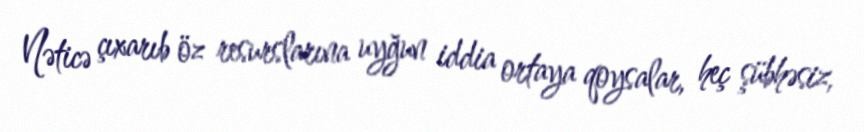
Nəticə çıxarıb öz resurslarına uyğun iddia ortaya qoysalar, heç şübhəsiz,